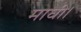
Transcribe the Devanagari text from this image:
माघी।